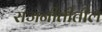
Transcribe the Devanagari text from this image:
राजनीतीतील